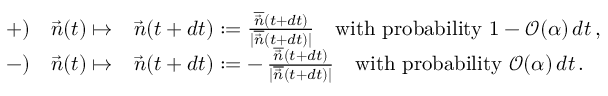
\begin{array} { r l } { { + } ) \quad \vec { n } ( t ) \mapsto } & { \vec { n } ( t + d t ) : = \frac { \overline { { \vec { n } } } ( t + d t ) } { | \overline { { \vec { n } } } ( t + d t ) | } \quad \mathrm { w i t h ~ p r o b a b i l i t y ~ } 1 - \mathcal { O } ( \alpha ) \, d t \, , } \\ { { - } ) \quad \vec { n } ( t ) \mapsto } & { \vec { n } ( t + d t ) : = \mathbf { - } \, \frac { \overline { { \vec { n } } } ( t + d t ) } { | \overline { { \vec { n } } } ( t + d t ) | } \quad \mathrm { w i t h ~ p r o b a b i l i t y ~ } \mathcal { O } ( \alpha ) \, d t \, . } \end{array}